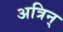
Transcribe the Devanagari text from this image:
अत्रिन्